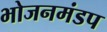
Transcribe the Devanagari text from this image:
भोजनमंडप